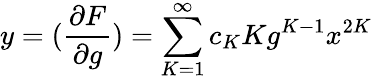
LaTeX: y=(\frac{\partial F}{\partial g})=\sum_{K=1}^{\infty}c_{K}Kg^{K-1}x^{2K}